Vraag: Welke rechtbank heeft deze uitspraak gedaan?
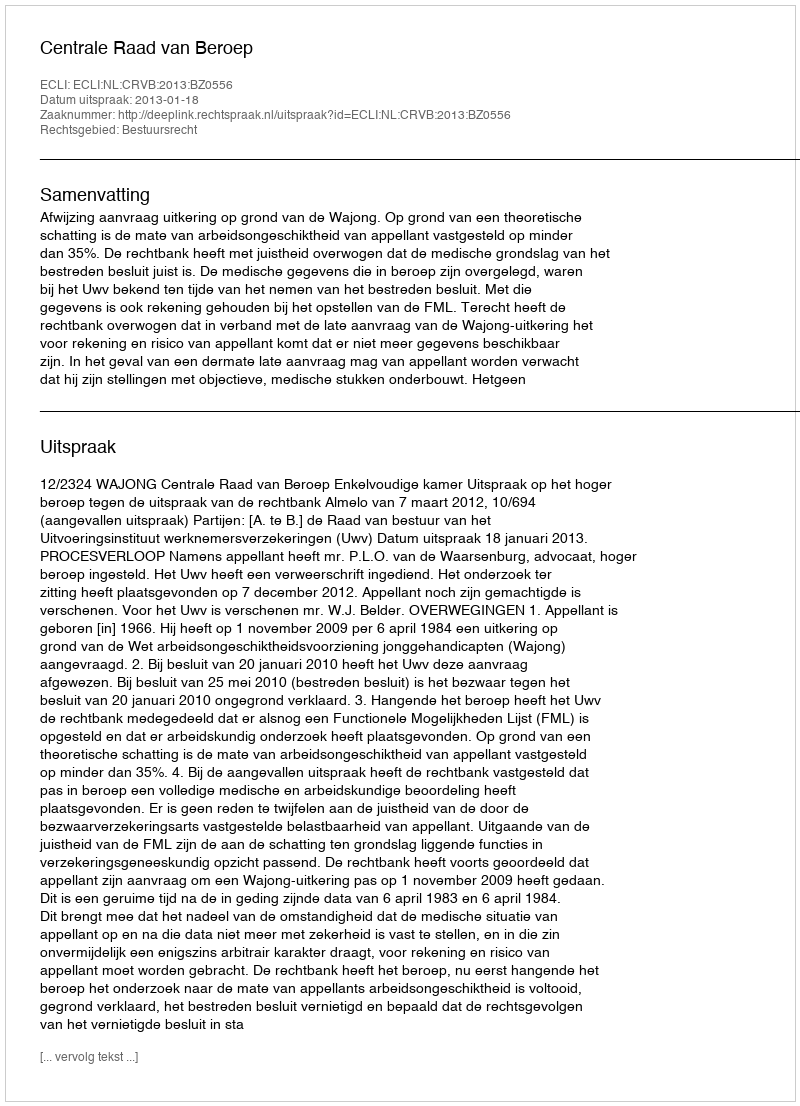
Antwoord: Centrale Raad van Beroep